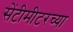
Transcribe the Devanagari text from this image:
सेंटीमीटरच्या